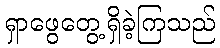
ရှာဖွေတွေ့ရှိခဲ့ကြသည်